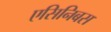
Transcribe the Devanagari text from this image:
एसिनिबस